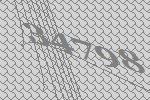
34798